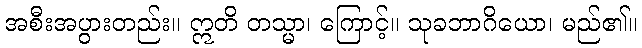
အစီးအပွားတည်း။ ဣတိ တသ္မာ၊ ကြောင့်။ သုခဘာဂိယော၊ မည်၏။